Sanitation, dispensaries and jails vaccination Rajputana 1922-1927 - 1922-1927
Year: 1922
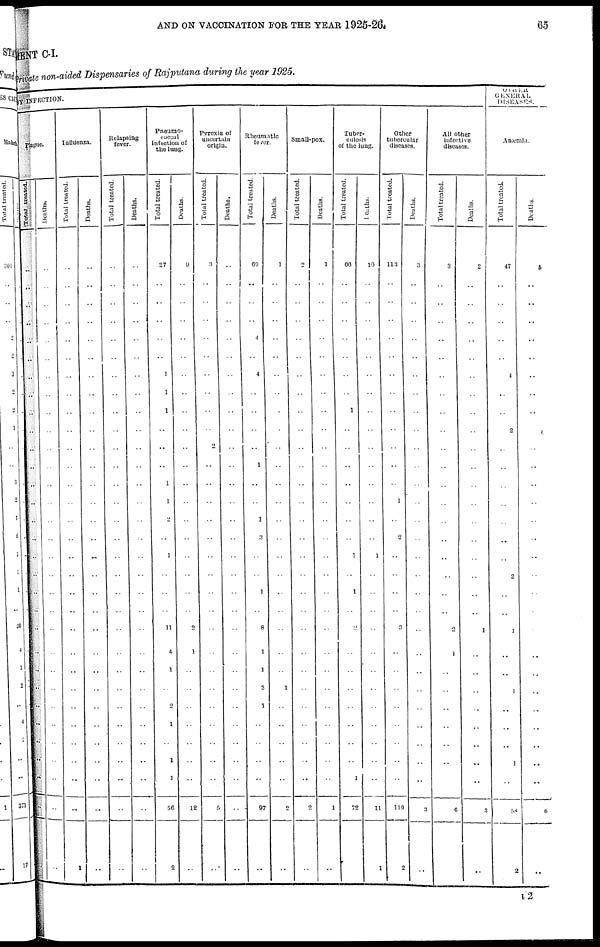
AND ON VACCINATION FOR THE YEAR 1925-26.
65
MENT C-I.
Private non-aided Dispensaries of Rajputana during the year 1925.
BY INFECTION.
Plague.
Total treated.
..
..
..
..
..
..
..
..
..
..
..
...
..
..
..
..
..
..
..
..
..
..
..
..
..
..
..
..
..
..
..
Deaths.
..
..
..
..
..
..
..
..
..
..
..
..
..
..
..
..
..
..
..
..
..
..
..
..
..
..
..
..
..
..
..
Influenza.
Total treated.
..
..
..
..
..
..
..
..
..
..
..
..
..
..
..
..
..
..
..
..
..
..
..
..
..
..
..
..
..
..
1
Deaths.
..
..
..
..
..
..
..
..
..
..
..
..
..
..
..
..
..
..
..
..
..
..
..
..
..
..
..
..
..
..
..
Relapsing
fever.
Total treated.
..
..
..
..
..
..
..
..
..
..
..
..
..
..
..
..
..
..
..
..
..
..
..
..
..
..
..
..
..
..
..
Deaths.
..
..
..
..
..
..
..
..
..
..
..
..
..
..
..
..
..
..
..
..
..
..
..
..
..
..
..
..
..
..
..
Pneumo-
coccal
infection of
the lung.
Total treated.
27
..
..
..
..
..
1
1
1
..
..
..
1
1
2
..
1
..
..
..
11
4
1
..
2
1
..
1
1
56
2
Deaths.
9
..
..
..
..
..
..
..
..
..
..
..
..
..
..
..
..
..
..
..
2
1
..
..
..
..
..
..
..
12
..
Pyroxia of
uncertain
origin.
Total treated.
3
..
..
..
..
..
..
..
..
..
2
..
..
..
..
..
..
..
..
..
..
..
..
..
..
..
..
..
..
5
..
Deaths.
..
..
..
..
..
..
..
..
..
..
..
..
..
..
..
..
..
..
..
..
..
..
..
..
..
..
..
..
..
..
..
Rheumatic
fever.
Total treated.
69
..
..
..
4
..
4
..
..
..
..
1
..
..
1
3
..
..
1
..
8
1
1
3
1
..
..
..
..
97
..
Deaths.
1
..
..
..
..
..
..
..
..
..
..
..
..
..
..
..
..
..
..
..
..
..
..
1
..
..
..
..
..
2
..
Small-pox.
Total treated.
2
..
..
..
..
..
..
..
..
..
..
..
..
..
..
..
..
..
..
..
..
..
..
..
..
..
..
..
..
2
..
Deaths.
1
..
..
..
..
..
..
..
..
..
..
..
..
..
..
..
..
..
..
..
..
..
..
..
..
..
..
..
..
1
..
Tuber-
culosis
of the lung.
Total treated.
66
..
..
..
..
..
..
..
1
..
..
..
..
..
..
..
1
..
1
..
2
..
..
..
..
..
..
..
1
72
..
Deaths.
10
..
..
..
..
..
..
..
..
..
..
..
..
..
..
..
1
..
..
..
..
..
..
..
..
..
..
..
....
11
1
Other
tubercular
diseases.
Total treated.
113
..
..
..
..
..
..
..
..
..
..
..
..
1
..
2
..
..
..
..
3
..
..
..
..
..
..
..
..
119
2
Deaths.
3
..
..
..
..
..
..
..
..
..
..
..
..
..
..
..
..
..
..
..
..
..
..
..
..
..
..
..
..
3
..
All other
infective
diseases.
Total treated.
3
..
..
..
..
..
..
..
..
..
..
..
..
..
..
..
..
..
..
..
2
1
..
..
..
..
..
..
..
6
..
Deaths.
2
..
..
..
..
..
..
..
..
..
..
..
..
..
..
..
..
..
..
..
1
..
..
..
..
..
..
..
..
3
..
OTHER
GENERAL
DISEASES.
Anæmia.
Total treated.
47
..
..
..
..
..
4
..
..
2
..
..
..
..
..
..
..
2
..
..
1
..
...
1
..
..
..
1
..
58
2
Deaths.
5
..
..
..
..
..
..
..
..
..
..
..
..
..
..
..
..
..
..
..
..
..
..
..
..
..
..
..
..
6
..
I 2